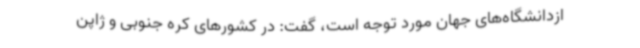
ازدانشگاه‌های جهان مورد توجه است، گفت: در کشورهای کره جنوبی و ژاپن